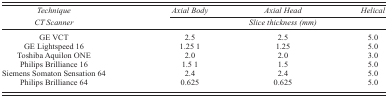
| Technique | Axial Body | Axial Head | Helical |
 | CT Scanner | <COLSPAN=3> Slice thickness (mm) |
 | --- | --- | --- | --- |
 | GE VCT | 2.5 | 2.5 | 5.0 |
 | GE Lightspeed 16 | 1.25 1 | 1.25 | 5.0 |
 | Toshiba Aquilon ONE | 2.0 | 2.0 | 3.0 |
 | Philips Brilliance 16 | 1.5 1 | 1.5 | 5.0 |
 | Siemens Somaton Sensation 64 | 2.4 | 2.4 | 5.0 |
 | Philips Brilliance 64 | 0.625 | 0.625 | 5.0 |